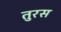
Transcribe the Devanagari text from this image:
तुरस